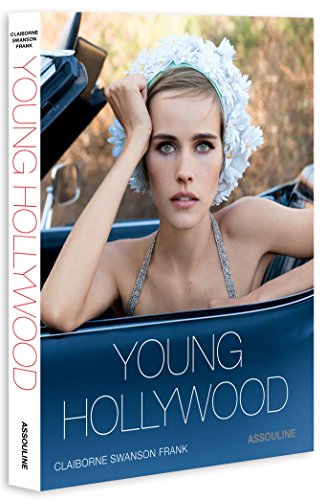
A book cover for Young Hollywood; Claiborne Swanson Frank; Arts & Photography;